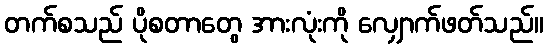
တက်စသည် ပိုစတာတွေ အားလုံးကို လျှောက်ဖတ်သည်။